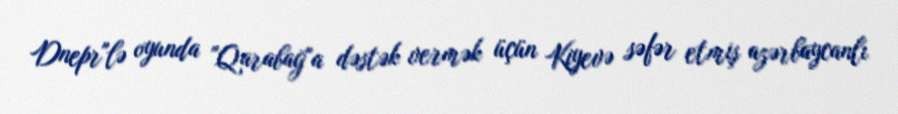
Dnepr"lə oyunda "Qarabağ"a dəstək vermək üçün Kiyevə səfər etmiş azərbaycanlı